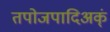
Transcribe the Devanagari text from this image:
तपोजपादिअक्ं